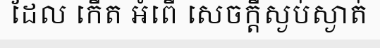
ដែល កើត អំពើ សេចក្តីស្ងប់ស្ងាត់